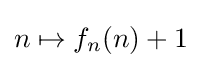
n\mapsto f_{n}(n)+1